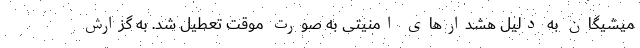
میشیگان به دلیل هشدار‌های امنیتی به صورت موقت تعطیل شد. به گزارش